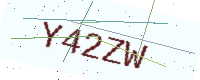
Text: Y42ZW